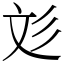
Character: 彣